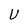
Character: U